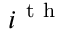
i ^ { \mathrm { ~ t ~ h ~ } }